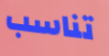
تناسب